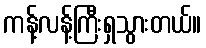
ကန့်လန့်ကြီးရှသွားတယ်။